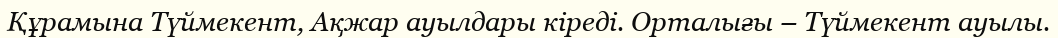
Құрамына Түймекент, Ақжар ауылдары кіреді. Орталығы – Түймекент ауылы.